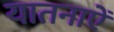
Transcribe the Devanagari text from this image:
यातनाऐं